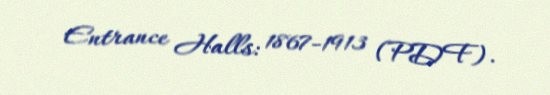
Entrance Halls: 1867-1913 (PDF).